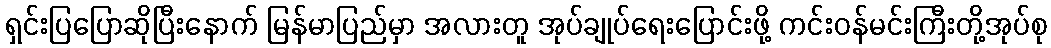
ရှင်းပြပြောဆိုပြီးနောက် မြန်မာပြည်မှာ အလားတူ အုပ်ချုပ်ရေးပြောင်းဖို့ ကင်းဝန်မင်းကြီးတို့အုပ်စု